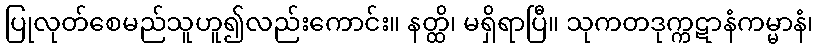
ပြုလုတ်စေမည်သူဟူ၍လည်းကောင်း။ နတ္ထိ၊ မရှိရာပြီ။ သုကတဒုက္ကဋာနံကမ္မာနံ၊